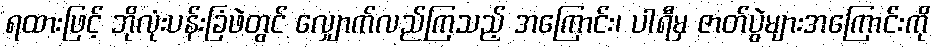
ရထားဖြင့် ဘိုလုံးပန်းခြံဖဲတွင် လျှောက်လည်ကြသည့် အကြောင်း၊ ပါရီမှ ဇာတ်ပွဲများအကြောင်းကို